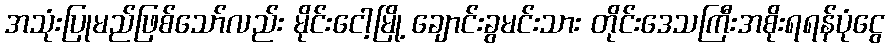
အသုံးပြုမည်ဖြစ်သော်လည်း မိုင်းငေါ့မြို့ ချောင်းခွမင်းသား တိုင်းဒေသကြီးအစိုးရရန်ပုံငွေ